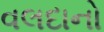
વલદાનો